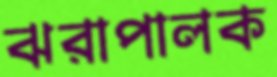
ঝরাপালক